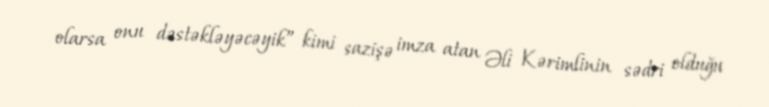
olarsa onu dəstəkləyəcəyik” kimi sazişə imza atan Əli Kərimlinin sədri olduğu